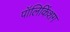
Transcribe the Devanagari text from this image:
पॉलिकिंशग